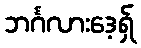
ဘင်္ဂလားဒေ့ရ်ှ